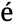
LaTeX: \mathrm{é}